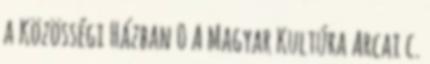
a Közösségi Házban 0 A Magyar Kultúra Arcai c.